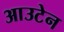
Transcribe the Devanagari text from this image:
आउटेन